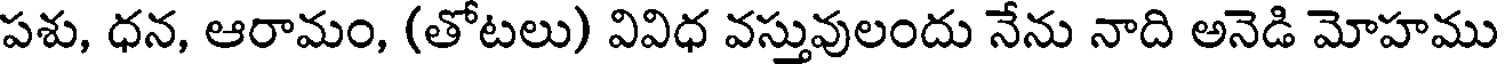
పశు, ధన, ఆరామం, (తోటలు) వివిధ వస్తువులందు నేను నాది అనెడి మోహము